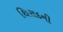
થિરાદની